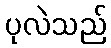
ပုလဲသည်